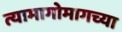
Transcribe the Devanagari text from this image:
त्यामागोमागच्या